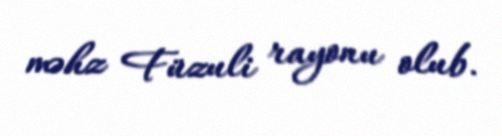
məhz Füzuli rayonu olub.